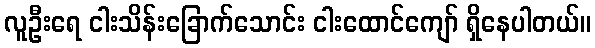
လူဦးရေ ငါးသိန်းခြောက်သောင်း ငါးထောင်ကျော် ရှိနေပါတယ်။